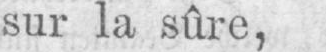
sur la sûre,